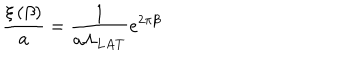
\frac { \xi \left( \beta \right) } { a } = \frac 1 { a \Lambda _ { L A T } } e ^ { 2 \pi \beta }